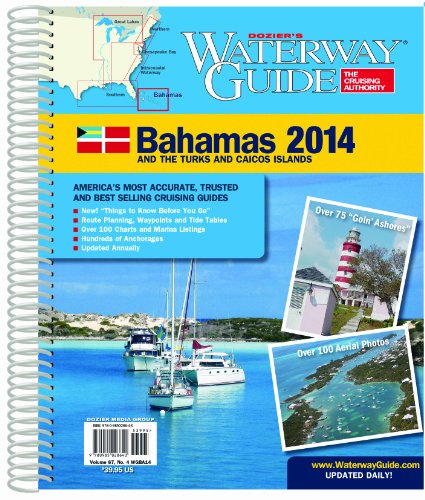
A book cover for Waterway Guide Bahamas 2014; Dozier Media Group; Travel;